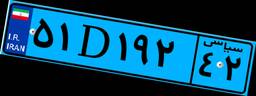
۹۴D۳۲۱۹۸